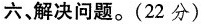
六、解决问题。(22分)